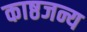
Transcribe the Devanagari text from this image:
काष्ठजन्य